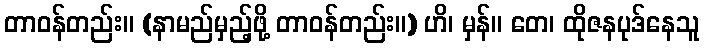
တာဝန်တည်း။ (နာမည်မှည့်ဖို့ တာဝန်တည်း။) ဟိ၊ မှန်။ တေ၊ ထိုဇနပုဒ်နေသူ